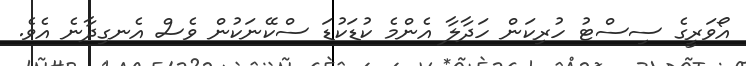
އޯވަރީގެ ސިސްޓު ހުރިކަން ހަދާލާ އެންމެ ކުޑަކުޑަ ސްކޭނަކުން ވެސް އެނގިދާނެ އެވެ.